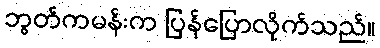
ဘွတ်ကမန်းက ပြန်ပြောလိုက်သည်။